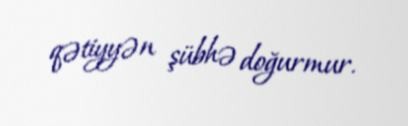
qətiyyən şübhə doğurmur.